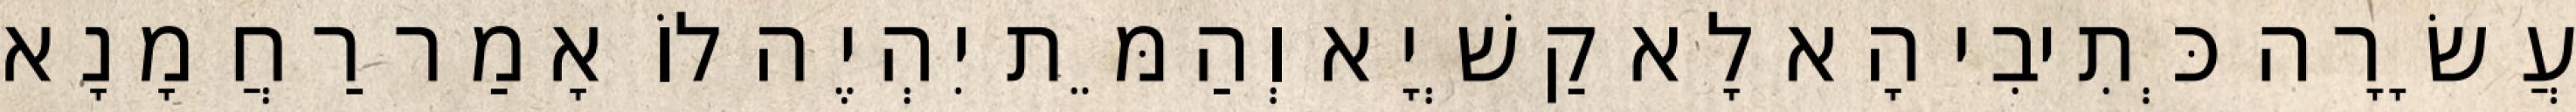
עֲשָׂרָה כְּתִיבִי הָא לָא קַשְׁיָא וְהַמֵּת יִהְיֶה לוֹ אָמַר רַחֲמָנָא